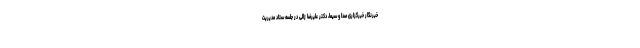
خبرنگار خبرگزاری صدا و سیما، دکتر علیرضا زالی در جلسه ستاد مدیریت